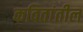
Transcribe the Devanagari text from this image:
कवितांतील